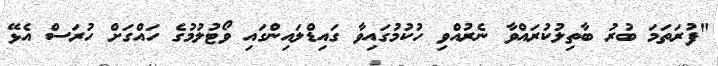
"ފުރަތަމަ ބުރު ބާތިލުކުރައްވާ ނެރުއްވި ހުކުމުގައިވާ ގައިޑްލައިންގައި ވޯޓުލުމުގެ ހައްގަށް ހުރަސް އެޅޭ